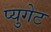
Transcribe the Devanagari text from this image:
प्युगेट